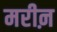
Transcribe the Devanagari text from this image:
मरीऩ